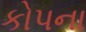
કોપના